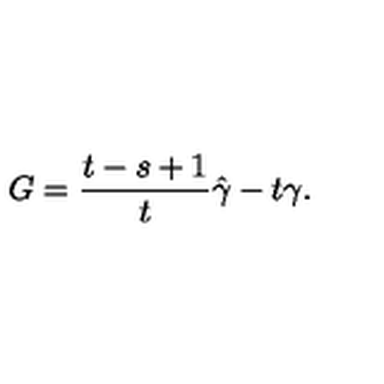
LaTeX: G = \frac { t - s + 1 } { t } \hat { \gamma } - t \gamma .